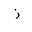
Letter: _zay